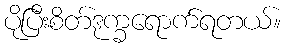
ပိုပြီးစိတ်ဒုက္ခရောက်ရတယ်။